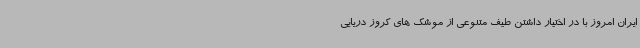
ایران امروز با در اختیار داشتن طیف متنوعی از موشک های کروز دریایی